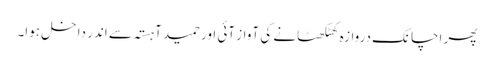
پھر اچانک دروازہ کھٹکھٹانے کی آواز آئی اور حمید آہستہ سے اندر داخل ہوا۔